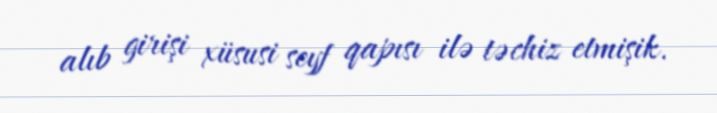
alıb girişi xüsusi seyf qapısı ilə təchiz etmişik.